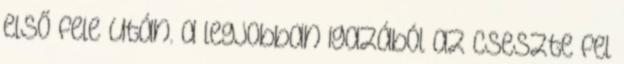
első fele után. a legjobban igazából az cseszte fel